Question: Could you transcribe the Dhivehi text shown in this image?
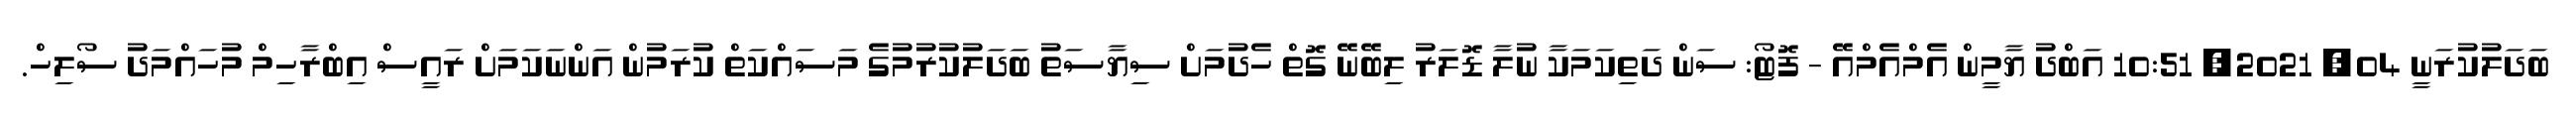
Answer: ބަދަލުކުރަނީ 04, 2021, 10:51 އަބްދު ޔާމީން އެމްއެމްއޭ - ފޮޓޯ: ސަން ދަތިކަމަކާ ނުލާ ޑޮލަރު ލިބޭނޭ ގޮތް ހެދުމަށް ސިޔާސަތު ބަދަލުކުރުމުގެ މަސައްކަތް ކުރަމުން އަންނަކަމަށް ރައީސް އިބްރާހިމް މުހައްމަދު ސޯލިހް.